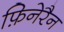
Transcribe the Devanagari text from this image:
फ़िनेरैन